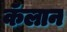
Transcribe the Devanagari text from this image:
कॅलान